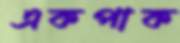
একপাক